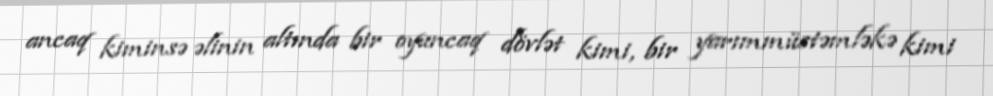
ancaq kiminsə əlinin altında bir oyuncaq dövlət kimi, bir yarımmüstəmləkə kimi